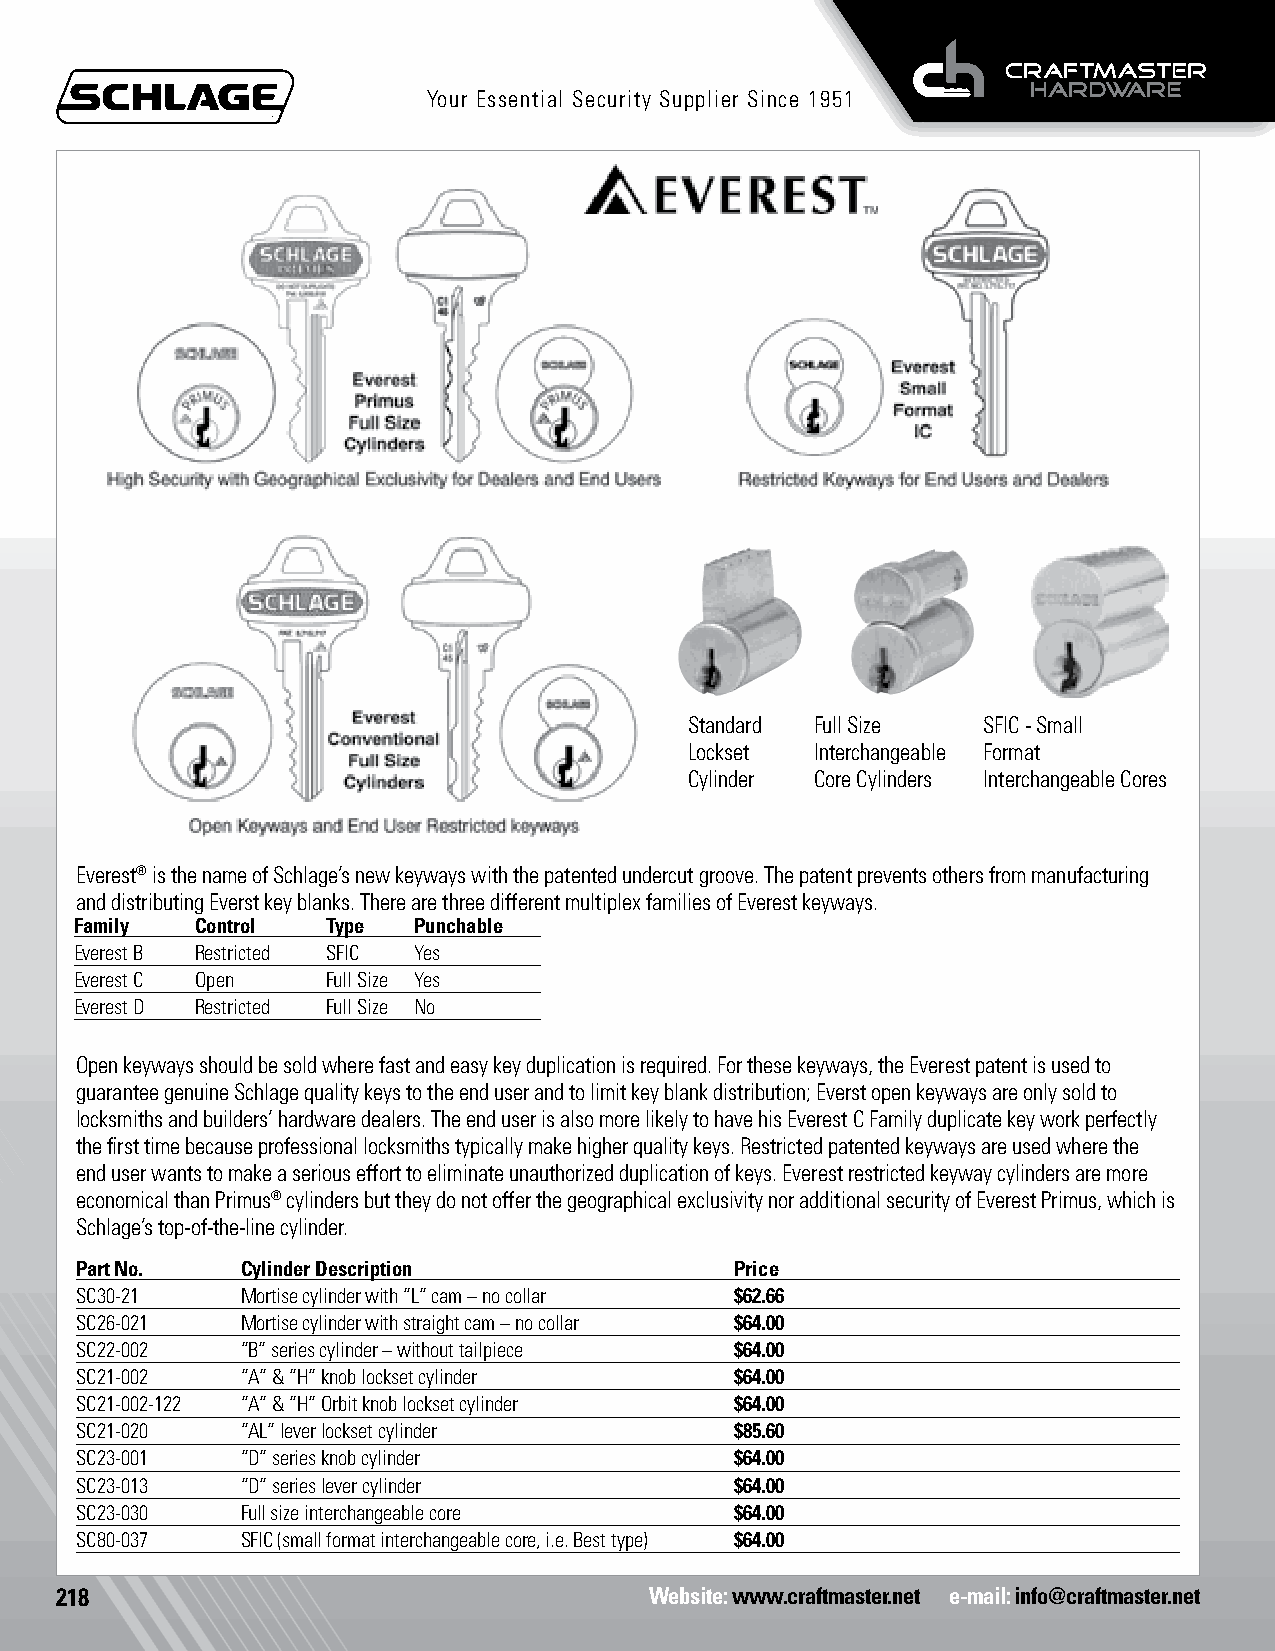
Your Essential Security Supplier Since 1951
 Standard Full Size SFIC - Small
 Lockset Interchangeable Format
 Cylinder Core Cylinders Interchangeable Cores
 Everest® is the name of Schlage’s new keyways with the patented undercut groove. The patent prevents others from manufacturing
 and distributing Everst key blanks. There are three different multiplex families of Everest keyways.
 Family  Control  Type Punchable
 Everest B Restricted SFIC Yes
 Everest C Open   Full Size Yes
 Everest D Restricted Full Size No
 Open keyways should be sold where fast and easy key duplication is required. For these keyways, the Everest patent is used to
 guarantee genuine Schlage quality keys to the end user and to limit key blank distribution; Everst open keyways are only sold to
 locksmiths and builders’ hardware dealers. The end user is also more likely to have his Everest C Family duplicate key work perfectly
 the first time because professional locksmiths typically make higher quality keys. Restricted patented keyways are used where the
 end user wants to make a serious effort to eliminate unauthorized duplication of keys. Everest restricted keyway cylinders are more
 economical than Primus® cylinders but they do not offer the geographical exclusivity nor additional security of Everest Primus, which is
 Schlage’s top-of-the-line cylinder.
 Part No.   Cylinder Description             Price
 SC30-21    Mortise cylinder with “L” cam – no collar $62.66
 SC26-021   Mortise cylinder with straight cam – no collar $64.00
 SC22-002   “B” series cylinder – without tailpiece $64.00
 SC21-002   “A” & “H” knob lockset cylinder  $64.00
 SC21-002-122 “A” & “H” Orbit knob lockset cylinder $64.00
 SC21-020   “AL” lever lockset cylinder      $85.60
 SC23-001   “D” series knob cylinder         $64.00
 SC23-013   “D” series lever cylinder        $64.00
 SC23-030   Full size interchangeable core   $64.00
 SC80-037   SFIC (small format interchangeable core, i.e. Best type) $64.00
 218                                    Website: www.craftmaster.net e-mail: info@craftmaster.net